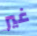
غير